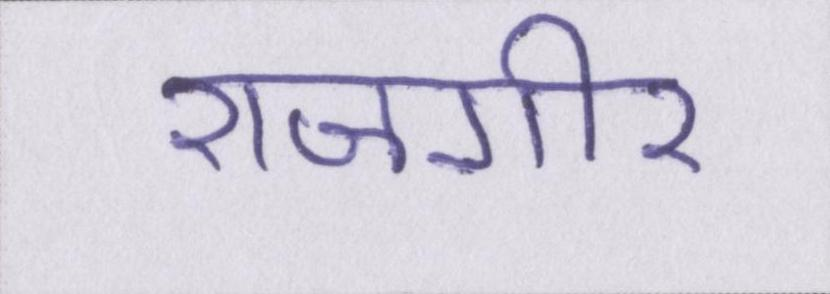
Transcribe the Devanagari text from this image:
राजगीर